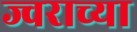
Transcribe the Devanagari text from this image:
ज्वराच्या